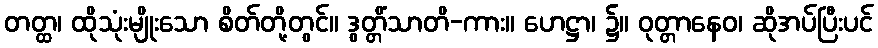
တတ္ထ၊ ထိုသုံးမျိုးသော စိတ်တို့တွင်။ ဒွတ္တိံသာတိ-ကား။ ဟေဋ္ဌာ၊ ၌။ ဝုတ္တာနေဝ၊ ဆိုအပ်ပြီးပင်